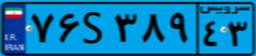
۷۶S۳۸۹۴۳